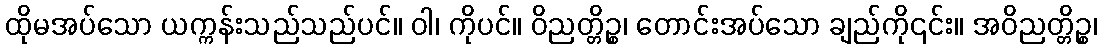
ထိုမအပ်သော ယက္ကန်းသည်သည်ပင်။ ဝါ၊ ကိုပင်။ ဝိညတ္တိဉ္စ၊ တောင်းအပ်သော ချည်ကို၎င်း။ အဝိညတ္တိဉ္စ၊